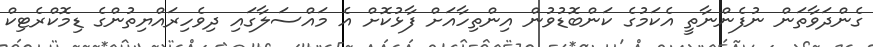
ގެންދަވާތަން ނުފެންނާތީ އެކަމުގެ ކަންބޮޑުވުން އިންތިހާއަށް ފާޅުކޮށް އެ މައްސަލާގައި ދިވެހިރައްޔިތުންގެ ޑިމޮކްރެޓިކް